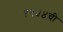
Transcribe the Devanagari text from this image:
१९५४ची